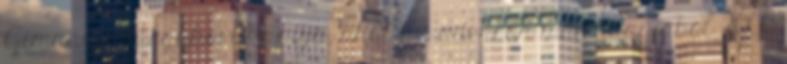
Gimnázium egykori kapuja, ahol az udvaron már nagyjából 2000